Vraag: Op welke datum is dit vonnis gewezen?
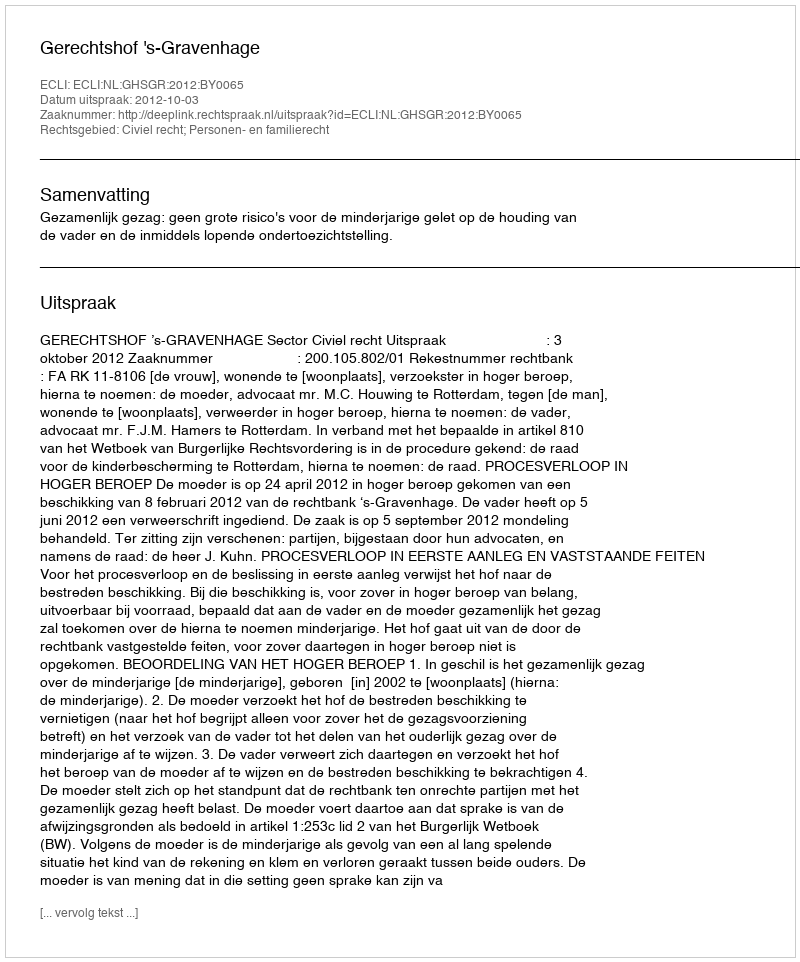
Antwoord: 2012-10-03